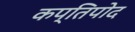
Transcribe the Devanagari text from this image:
कप्तिपोद